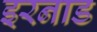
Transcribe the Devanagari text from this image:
इरनाड